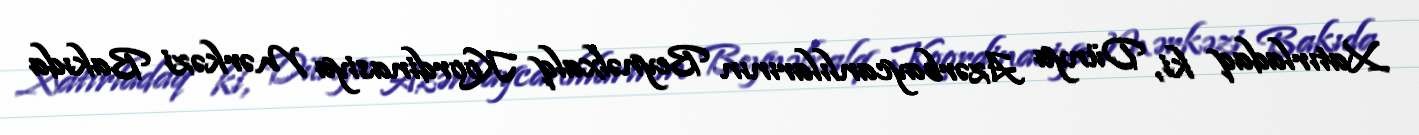
Xatırladaq ki, Dünya Azərbaycanlılarının Beynəlxalq Koordinasiya Mərkəzi Bakıda